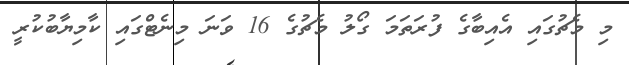
މި މެޗުގައި އެއިބާގެ ފުރަތަމަ ގޯލު މެޗުގެ 16 ވަނަ މިނެޓްގައި ކާމިޔާބުކުރީ